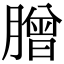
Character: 𦠇